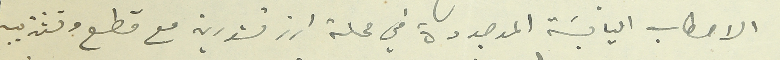
الاحطاب اليابسَة الموجودة في محلة ارز تنورين مع قطع وتشذيب